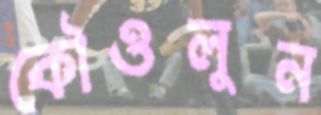
কৌওলুন